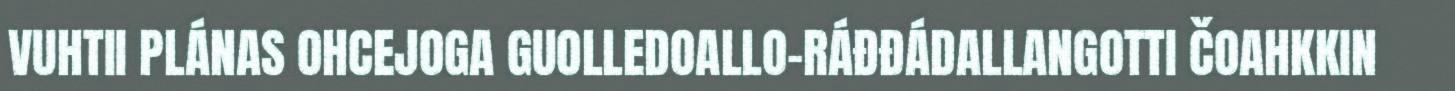
VUHTII PLÁNAS OHCEJOGA GUOLLEDOALLO-RÁĐĐÁDALLANGOTTI ČOAHKKIN